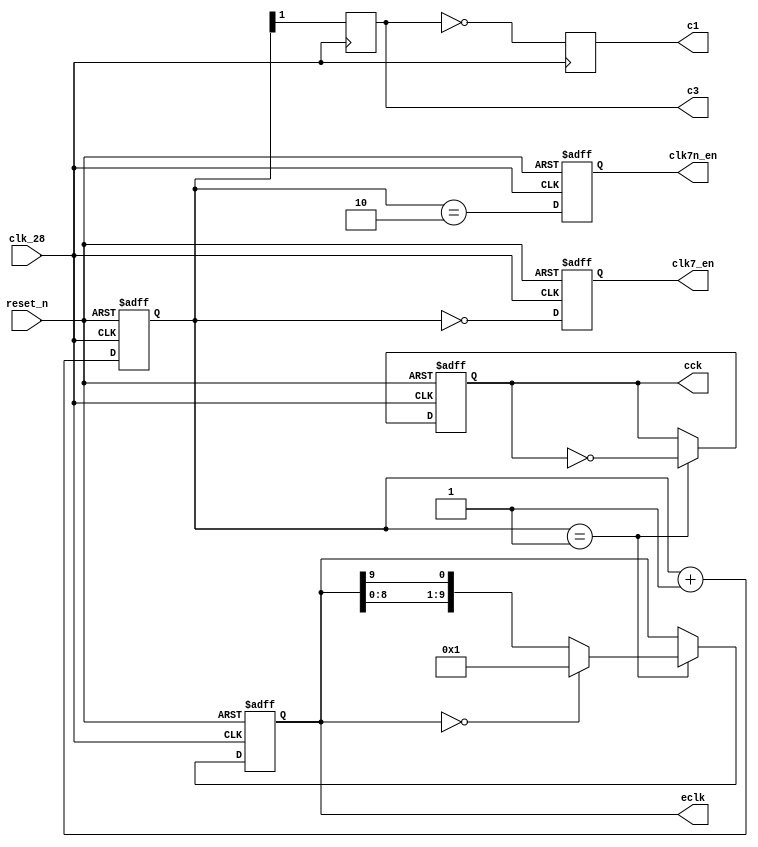
/* amiga_clk.v */
/* 2012, rok.krajnc@gmail.com */

module amiga_clk
(
  input        clk_28,     // 28MHz output clock ( 28.375160MHz)
  output       clk7_en,    // 7MHz output clock enable (on 28MHz clock domain)
  output       clk7n_en,   // 7MHz negedge output clock enable (on 28MHz clock domain)
  output reg   c1,         // clk28m clock domain signal synchronous with clk signal
  output reg   c3,         // clk28m clock domain signal synchronous with clk signal delayed by 90 degrees
  output reg   cck,        // colour clock output (3.54 MHz)
  output [9:0] eclk,       // 0.709379 MHz clock enable output (clk domain pulse)
  input        reset_n
);

//// generated clocks ////

// 7MHz
reg [1:0] clk7_cnt = 2'b10;
reg       clk7_en_reg = 1'b1;
reg       clk7n_en_reg = 1'b1;
reg [9:0] shifter;
always @ (posedge clk_28, negedge reset_n) begin
	if (!reset_n) begin
		clk7_cnt     <= 2'b10;
		clk7_en_reg  <= 1'b1;
		clk7n_en_reg <= 1'b1;
		cck          <= 1;
		shifter      <= 1;
	end else begin
		clk7_cnt     <= clk7_cnt + 2'b01;
		clk7_en_reg  <= (clk7_cnt == 2'b00);
		clk7n_en_reg <= (clk7_cnt == 2'b10);
		if(clk7_cnt == 2'b01) begin
			cck <= ~cck;
			shifter <= {shifter[8:0],shifter[9]};
			if(!shifter) shifter <= 1;
		end
	end
end

wire   clk_7 = clk7_cnt[1];
assign clk7_en = clk7_en_reg;
assign clk7n_en = clk7n_en_reg;

// amiga clocks & clock enables
//            __    __    __    __    __
// clk_28  __/  \__/  \__/  \__/  \__/  
//            ___________             __
// clk_7   __/           \___________/  
//            ___________             __
// c1      __/           \___________/   <- clk28m domain
//                  ___________
// c3      ________/           \________ <- clk28m domain
//

// clk_28 clock domain signal synchronous with clk signal delayed by 90 degrees
always @(posedge clk_28) c3 <= clk_7;

// clk28m clock domain signal synchronous with clk signal
always @(posedge clk_28) c1 <= ~c3;

// 0.709379 MHz clock enable output (clk domain pulse)
assign eclk = shifter;

endmodule